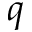
q